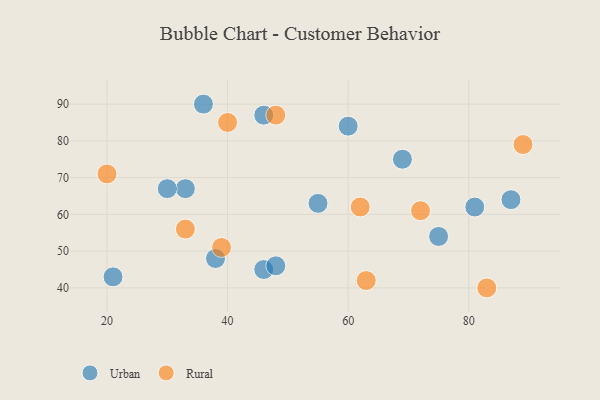
{"axis": {"x": "GDP", "y": "Life Expectancy"}, "legend": ["Rural", "Urban"], "data": [{"x": "33", "y": 67, "type": "Urban"}, {"x": "30", "y": 67, "type": "Urban"}, {"x": "46", "y": 45, "type": "Urban"}, {"x": "46", "y": 87, "type": "Urban"}, {"x": "48", "y": 46, "type": "Urban"}, {"x": "87", "y": 64, "type": "Urban"}, {"x": "69", "y": 75, "type": "Urban"}, {"x": "21", "y": 43, "type": "Urban"}, {"x": "55", "y": 63, "type": "Urban"}, {"x": "38", "y": 48, "type": "Urban"}, {"x": "75", "y": 54, "type": "Urban"}, {"x": "36", "y": 90, "type": "Urban"}, {"x": "81", "y": 62, "type": "Urban"}, {"x": "60", "y": 84, "type": "Urban"}, {"x": "63", "y": 42, "type": "Rural"}, {"x": "62", "y": 62, "type": "Rural"}, {"x": "48", "y": 87, "type": "Rural"}, {"x": "33", "y": 56, "type": "Rural"}, {"x": "39", "y": 51, "type": "Rural"}, {"x": "40", "y": 85, "type": "Rural"}, {"x": "20", "y": 71, "type": "Rural"}, {"x": "83", "y": 40, "type": "Rural"}, {"x": "72", "y": 61, "type": "Rural"}, {"x": "89", "y": 79, "type": "Rural"}]}